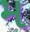
મ